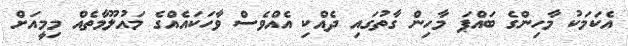
އެކަމަކު މާހިންގެ ބައްޕަ މާހިން ގާތުގައި ދެއްކި އެއްވެސް ވާހަކައެއްގެ މައުލޫމާތެއް މިމީއަށް